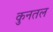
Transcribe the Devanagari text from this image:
कुनतल